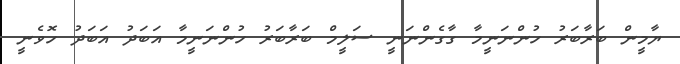
ޔާމީން ބަރާބަރު ހުންނަނީމާ ގާގެންނަނީ ސަލީމް ބަރާބަރު ހުންނަނީމާ އަބަދު އަބަދު ހޮވެނީ